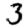
Digit: 3